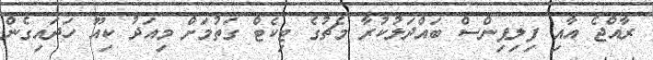
ރާއްޖެ އާއި ފިލިޕިންސް ބައްދަލުކުރާ މެޗުގެ ޓިކެޓް ގަތުމަށް މިއަދު ކިއޫ ހަދައިގެން